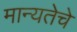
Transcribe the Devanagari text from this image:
मान्यतेचे